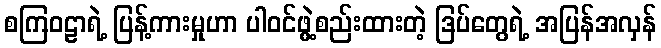
စကြဝဠာရဲ့ ပြန့်ကားမှုဟာ ပါဝင်ဖွဲ့စည်းထားတဲ့ ဒြပ်တွေရဲ့ အပြန်အလှန်